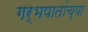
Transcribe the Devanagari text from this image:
गर्भपातांच्या